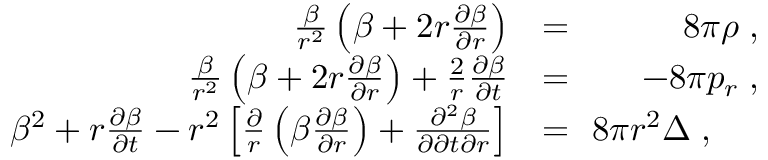
\begin{array} { r l r } { \frac { \beta } { r ^ { 2 } } \left( \beta + 2 r { \frac { \partial \beta } { \partial r } } \right) \! \! } & { { } = } & { \! \! 8 \pi \rho \; , } \\ { \frac { \beta } { r ^ { 2 } } \left( \beta + 2 r \frac { \partial \beta } { \partial r } \right) + \frac { 2 } { r } \frac { \partial \beta } { \partial t } \! \! } & { { } = } & { \! \! - 8 \pi p _ { r } \; , } \\ { \beta ^ { 2 } + r \frac { \partial \beta } { \partial t } - r ^ { 2 } \left[ { \frac { \partial } { r } \left( \beta { \frac { \partial \beta } { \partial r } } \right) + \frac { \partial ^ { 2 } \beta } { \partial \partial t \partial r } } \right] \! \! } & { { } = } & { \! \! 8 \pi r ^ { 2 } \Delta \; , \; \; \; \; \; } \end{array}